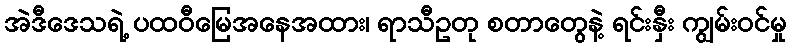
အဲဒီဒေသရဲ့ ပထဝီမြေအနေအထား၊ ရာသီဥတု စတာတွေနဲ့ ရင်းနှီး ကျွမ်းဝင်မှု